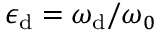
\epsilon _ { \mathrm { d } } = \omega _ { \mathrm { d } } / \omega _ { 0 }